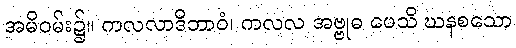
အမိဝမ်း၌။ ကလလာဒိဘာဝံ၊ ကလလ အဗ္ဗုဓ ပေသိ ဃနစသော